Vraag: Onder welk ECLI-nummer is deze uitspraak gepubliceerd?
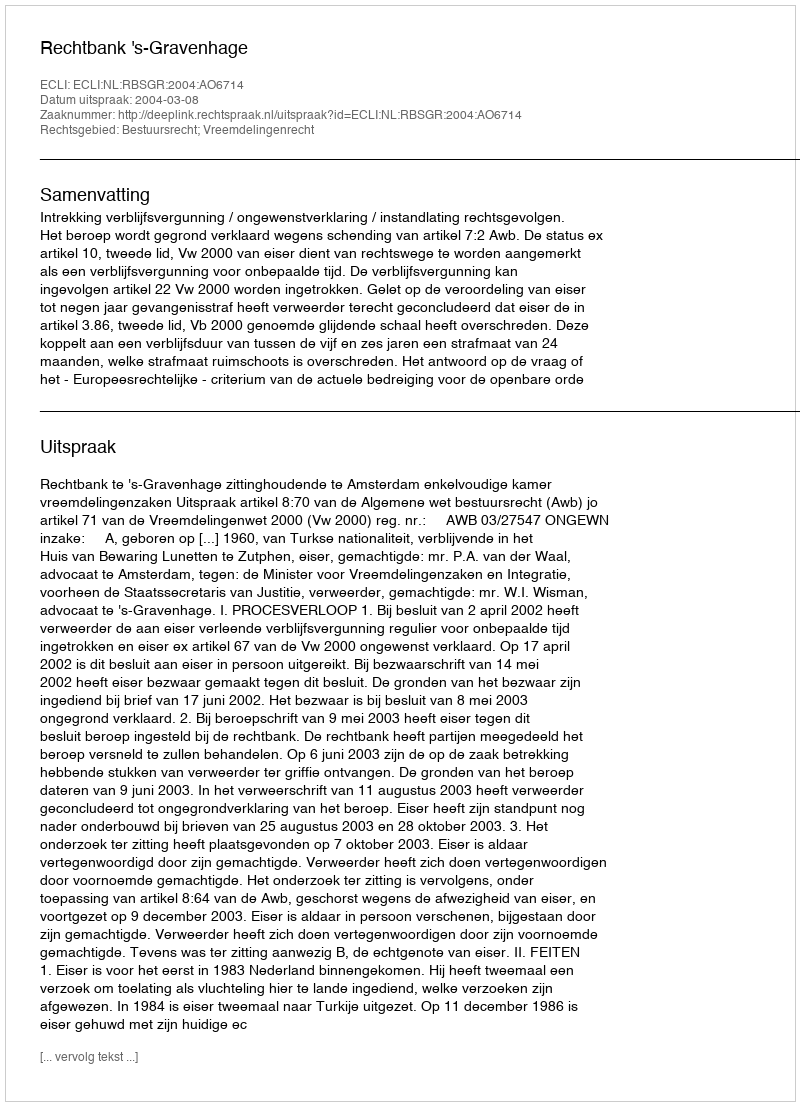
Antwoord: ECLI:NL:RBSGR:2004:AO6714